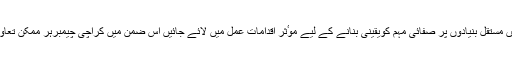
شہر کے ہر ٹاوٴن میں مستقل بنیادوں پر صفائی مہم کویقینی بنانے کے لیے موٴثر اقدامات عمل میں لائے جائیں اس ضمن میں کراچی چیمبرہر ممکن تعاون کے لیے تیار ہے۔